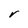
Character: V